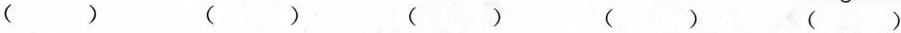
( ) () () () ()